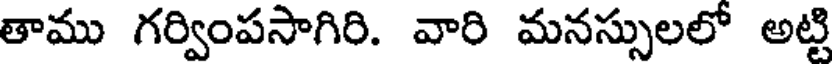
తాము గర్వింపసాగిరి. వారి మనస్సులలో అట్టి